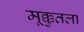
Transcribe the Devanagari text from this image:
मूक्कुतला